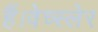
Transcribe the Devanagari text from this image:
हैं।वेच्स्लेर